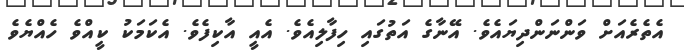
އެތެރެއަށް ވަންނަންދިޔައެވެ. އޭނާގެ އަތުގައި ހިފާލިއެވެ. އެއީ އާކިފެވެ. އެކަމަކު ކީއްވެ ހެއްޔެވެ